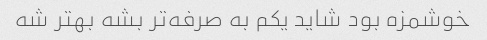
خوشمزه بود شاید یکم به صرفه‌تر بشه بهتر شه